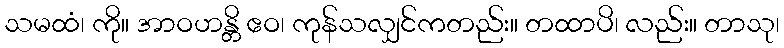
သမထံ၊ ကို။ အာဝဟန္တိ ဧဝ၊ ကုန်သလျှင်ကတည်း။ တထာပိ၊ လည်း။ တာသု၊